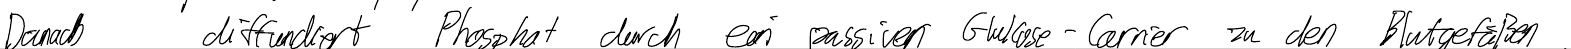
Danach diffundiert Phosphat durch einen passiven Glukose-Carrier zu den Blutgefäßen